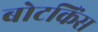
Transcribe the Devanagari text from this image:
बोटकिंस